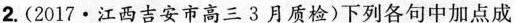
2. (2017·江西吉安市高三3月质检) 下列各句中加点成